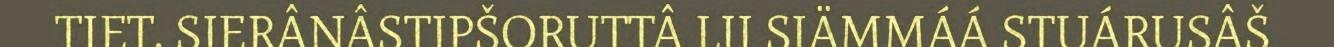
TIET. SIERÂNÂSTIPŠORUTTÂ LII SIÄMMÁÁ STUÁRUSÂŠ